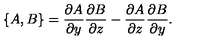
\{ A , B \} = { \frac { \partial A } { \partial y } } { \frac { \partial B } { \partial z } } - { \frac { \partial A } { \partial z } } { \frac { \partial B } { \partial y } } .